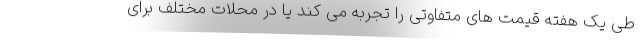
طی یک هفته قیمت های متفاوتی را تجربه می کند یا در محلات مختلف برای